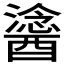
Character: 𨢯